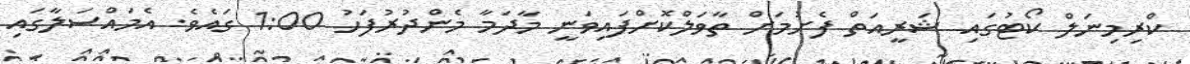
ކްރިމިނަލް ކޯޓުގައި ޝަރީއަތް ފެށުމަށް ތާވަލްކޮށްފައިވަނީ މާދަމާ މެންދުރުފަހު 1:00 ގައެވެ. އެމައްސަލާގައި